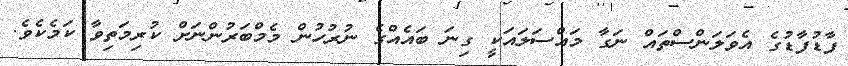
ފާޑުފާޑުގެ އެވަލަންސްތައް ނަގާ މައްސަލައަކީ ގިނަ ބައެއްގެ ނުރުހުން މެމްބަރުންނަށް ކުރިމަތިވާ ކަމެކެވެ.